Insane asylums Bombay 1873-77 - 1873-1877
Year: 1873
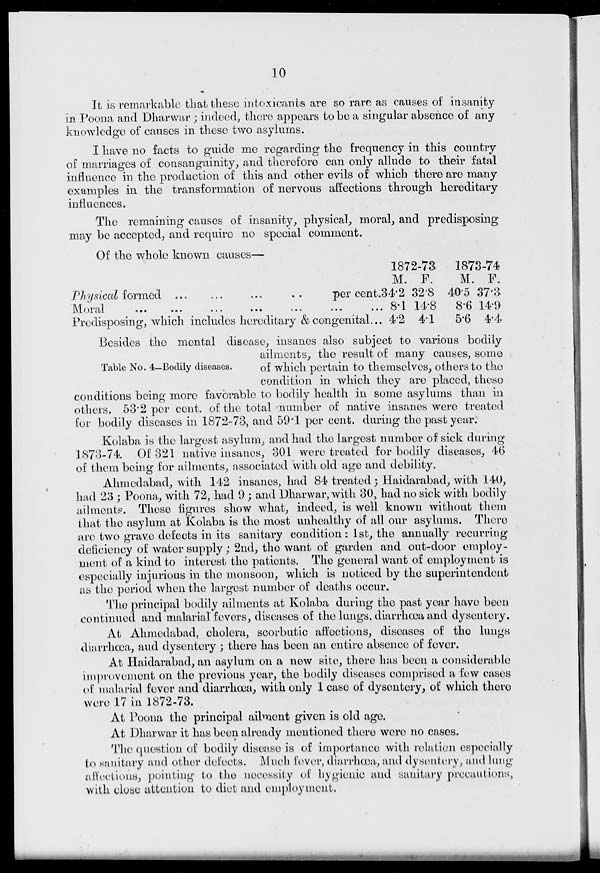
10
It is remarkable that these intoxicants are so rare as causes of insanity
in Poona and Dharwar ; indeed, there appears to be a singular absence of any
knowledge of causes in these two asylums.
I have no facts to guide me regarding the frequency in this country
of marriages of consanguinity, and therefore can only allude to their fatal
influence in the production of this and other evils of which there are many
examples in the transformation of nervous affections through hereditary
influences.
The remaining causes of insanity, physical, moral, and predisposing
may be accepted, and require no special comment.
Of the whole known causes—
Physical formed
...
...
...
..
per cent.
Moral ... ... ... ... ... ... ...
Predisposing, which includes hereditary & congenital...
1872-73
M.
34.2
8.1
4.2
F.
32.8
14.8
4.1
1873-74
M.
40.5
8.6
5.6
F.
37.3
14.9
4.4
Table No. 4—Bodily diseases.
Besides the mental disease, insanes also subject to various bodily
ailments, the result of many causes, some
of which pertain to themselves, others to the
condition in which they are placed, these
conditions being more favorable to bodily health in some asylums than in
others. 53.2 per cent, of the total number of native insanes were treated
for bodily diseases in 1872-73, and 59*1 per cent. during the past year.
Kolaba is the largest asylum, and had the largest number of sick during
1873-74. Of 321 native insanes, 301 were treated for bodily diseases, 46
of them being for ailments, associated with old age and debility.
Ahmedabad, with 142 insanes, had 84 treated; Haidarabad, with 140,
had 23 ; Poona, with 72, had 9 ; and Dharwar, with 30, had no sick with bodily
ailments. These figures show what, indeed, is well known without them
that the asylum at Kolaba is the most unhealthy of all our asylums. There
are two grave defects in its sanitary condition: 1st, the annually recurring
deficiency of water supply; 2nd, the want of garden and out-door employ-
ment of a kind to interest the patients. The general want of employment is
especially injurious in the monsoon, which is noticed by the superintendent
as the period when the largest number of deaths occur.
The principal bodily ailments at Kolaba during the past year have been
continued and malarial fevers, diseases of the lungs, diarrhoea and dysentery.
At Ahmedabad, cholera, scorbutic alfections, diseases of the lungs
diarrhoea, and dysentery ; there has boon an entire absence of fever.
At Haidarabad, an asylum on a new site, there has been a considerable
improvement on the previous year, the bodily diseases comprised a few cases
of malarial fever and diarrhoea, with only 1 case of dysentery, of which there
were 17 in 1872-73.
At Poona the principal ailment given is old age.
At Dharwar it has been already mentioned there were no cases.
The question of bodily disease is of importance with relation especially
to sanitary and other defects. Much fever, diarrhoea, and dysentery, and lung
a flections, pointing to the necessity of hygienic and sanitary precautions,
with close attention to diet and employment.